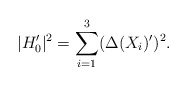
\begin{align*} | H_0'|^2 = \sum_{i=1}^3 (\Delta (X_i)')^2. \end{align*}